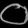
Digit: ၀